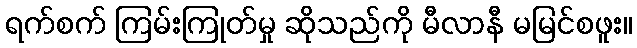
ရက်စက် ကြမ်းကြုတ်မှု ဆိုသည်ကို မီလာနီ မမြင်စဖူး။